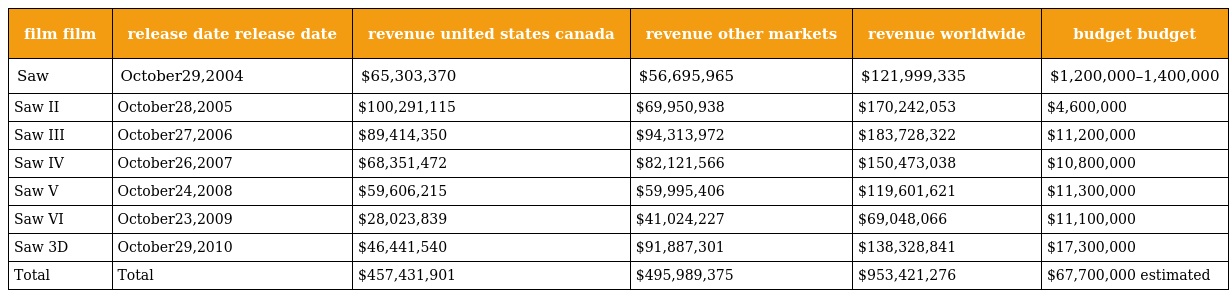
| film film | release date release date | revenue united states canada | revenue other markets | revenue worldwide | budget budget |
 | --- | --- | --- | --- | --- | --- |
 | Saw | October29,2004 | $65,303,370 | $56,695,965 | $121,999,335 | $1,200,000–1,400,000 |
 | Saw II | October28,2005 | $100,291,115 | $69,950,938 | $170,242,053 | $4,600,000 |
 | Saw III | October27,2006 | $89,414,350 | $94,313,972 | $183,728,322 | $11,200,000 |
 | Saw IV | October26,2007 | $68,351,472 | $82,121,566 | $150,473,038 | $10,800,000 |
 | Saw V | October24,2008 | $59,606,215 | $59,995,406 | $119,601,621 | $11,300,000 |
 | Saw VI | October23,2009 | $28,023,839 | $41,024,227 | $69,048,066 | $11,100,000 |
 | Saw 3D | October29,2010 | $46,441,540 | $91,887,301 | $138,328,841 | $17,300,000 |
 | Total | Total | $457,431,901 | $495,989,375 | $953,421,276 | $67,700,000 estimated |